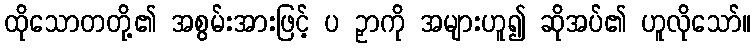
ထိုသောတတို့၏ အစွမ်းအားဖြင့် ပ ဉှာကို အများဟူ၍ ဆိုအပ်၏ ဟူလိုသော်။